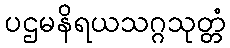
ပဌမနိရယသဂ္ဂသုတ္တံ